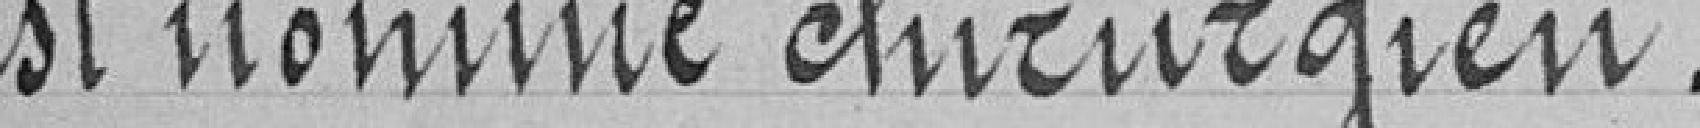
est nommé chirurgien